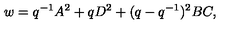
w = q ^ { - 1 } A ^ { 2 } + q D ^ { 2 } + ( q - q ^ { - 1 } ) ^ { 2 } B C ,